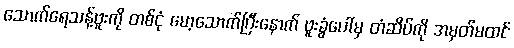
သောက်ရေသန့်ဗူးကို တစ်ငုံ မော့သောက်ပြီးနောက် ဗူးခွံပေါ်မှ တံဆိပ်ကို အမှတ်မထင်